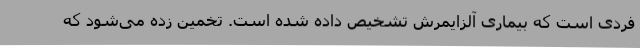
فردی است که بیماری آلزایمرش تشخیص داده شده است. تخمین زده می‌شود که